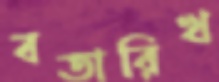
বতারিখ